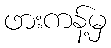
ဖားကန့်မှ